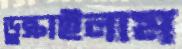
ডুক্‌রাইলাম